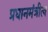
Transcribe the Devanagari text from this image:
प्रधानमंत्रीत्व